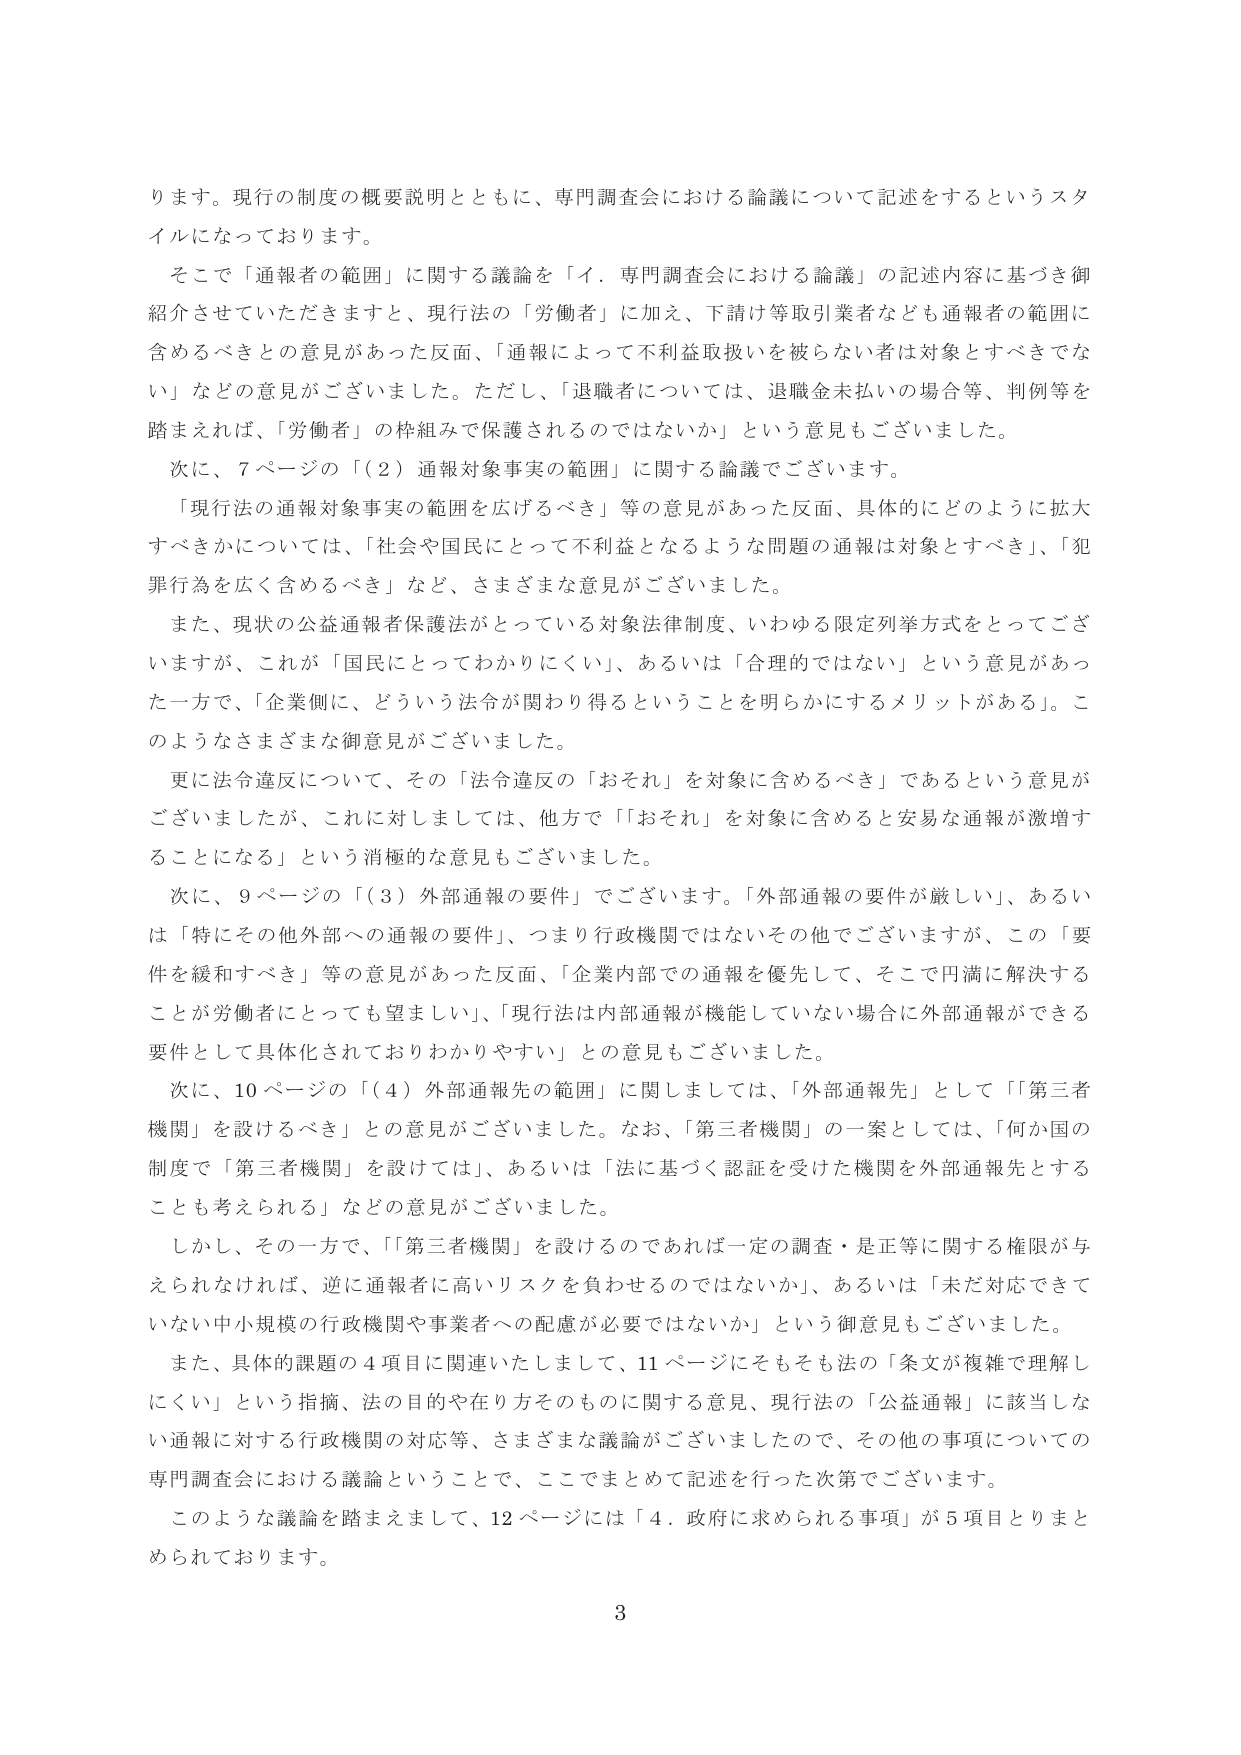
ります。現行の制度の概要説明とともに、専門調査会における論議について記述をするというスタイルになっております。

そこで「通報者の範囲」に関する議論を「イ．専門調査会における論議」の記述内容に基づき御紹介させていただきますと、現行法の「労働者」に加え、下請け等取引業者なども通報者の範囲に含めるべきとの意見があった反面、「通報によって不利益取扱いを被らない者は対象とすべきでない」などの意見がございました。ただし、「退職者については、退職金未払いの場合等、判例等を踏まえれば、「労働者」の枠組みで保護されるのではない」かという意見もございました。

次に、7ページの「（2）通報対象事実の範囲」に関する論議でございます。

「現行法の通報対象事実の範囲を広げるべき」等の意見があった反面、具体的にどのように拡大すべきかについては、「社会や国民にとって不利益となるような問題の通報は対象とすべき」、「犯罪行為を広く含めるべき」など、さまざまな意見がございました。

また、現状の公益通報者保護法がっている対象法律制度、いわゆる限定列挙方式をとってございますが、これが「国民にとってわかりにくい」、あるいは「合理的ではない」という意見があった一方で、「企業側に、どういう法令が関わり得るということを明らかにするメリットがある」。このようなさまざまな御意見がございました。

更に法令違反について、その「法令違反の『おそれ』を対象に含めるべき」であるという意見がございましたが、これに対しましては、他方で「『おそれ』を対象に含めると安易な通報が激増することになる」という消極的な意見もございました。

次に、9ページの「（3）外部通報の要件」でございます。「外部通報の要件が厳しい」、あるいは「特にその他外部への通報の要件」、つまり行政機関ではないその他でございますが、この「要件を緩和すべき」等の意見があった反面、「企業内部での通報を優先して、そこで円満に解決することが労働者にとっても望ましい」、「現行法は内部通報が機能していない場合に外部通報ができる要件として具体化されておりわかりやすい」との意見もございました。

次に、10ページの「（4）外部通報先の範囲」に関しましては、「外部通報先」として「第三者機関」を設けるべき」との意見がございました。なお、「第三者機関」の一案としては、「何か国の制度で『第三者機関』を設けては」、あるいは「法に基づく認証を受けた機関を外部通報先とすることも考えられる」などの意見がございました。

しかし、その一方で、「『第三者機関』を設けるのであれば一定の調査・是正等に関する権限が与えられなければ、逆に通報者に高いリスクを負わせるのではないか」、あるいは「未だ対応できていない中小規模の行政機関や事業者への配慮が必要ではないか」という御意見もございました。

また、具体的課題の4項目に関連いたしまして、11ページにそもそも法の「条文が複雑で理解しにくい」という指摘、法の目的や在り方そのものに関する意見、現行法の「公益通報」に該当しない通報に対する行政機関の対応等、さまざまな議論がございましたので、その他の事項についての専門調査会における議論ということで、ここでまとめて記述を行った次第でございます。

このような議論を踏まえまして、12ページには「4．政府に求められる事項」が5項目とまとめられております。

3